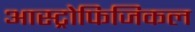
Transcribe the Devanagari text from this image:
आस्ट्रोफिजिकल